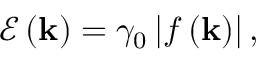
\mathcal { E } \left( \mathbf { k } \right) = \gamma _ { 0 } \left\vert f \left( \mathbf { k } \right) \right\vert ,